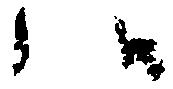
候